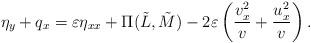
LaTeX: \begin{align*}\eta_y+q_x= \varepsilon \eta_{xx}+ \Pi(\tilde{L}, \tilde{M})-2\varepsilon\left(\frac{v_x^2}{v}+\frac{u_x^2}{v}\right).\end{align*}